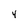
Character: 4